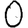
Digit: 0